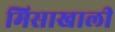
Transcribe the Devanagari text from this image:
मिसाखाली